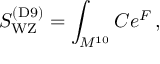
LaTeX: S _ { \mathrm { W Z } } ^ { \mathrm { ( D 9 ) } } = \int _ { M ^ { 1 0 } } C e ^ { { \cal F } } \, ,